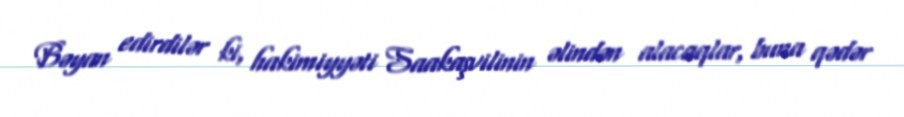
Bəyan edirdilər ki, hakimiyyəti Saakaşvilinin əlindən alacaqlar, buna qədər